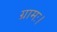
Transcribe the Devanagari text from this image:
ग्रामः।